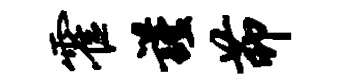
霍谨茆